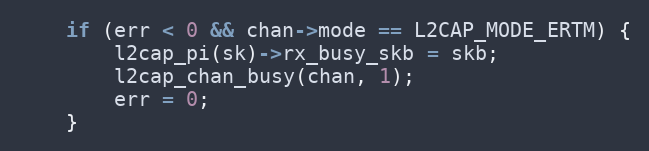
Language: C
	if (err < 0 && chan->mode == L2CAP_MODE_ERTM) {
		l2cap_pi(sk)->rx_busy_skb = skb;
		l2cap_chan_busy(chan, 1);
		err = 0;
	}